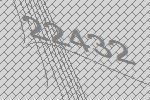
22432